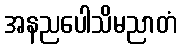
အနညပေါသိမညာတံ